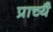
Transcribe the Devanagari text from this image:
प्राच्यै